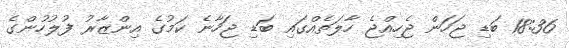
18:36 ބަޑި ޖަހަން ޖެހިއްޖެ ހާލަތެއްގައި ބަޑި ޖަހާނެ ކަމުގެ އިންޒާރު ފުލުހުންގެ